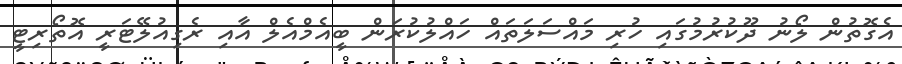
އެގޮތުން ލޯނު ދޫކުރުމުގައި ހުރި މައްސަލަތައް ހައްލުކުރަން ބީއެމްއެލް އާއި ރެގިއުލޭޓަރީ އޮތޯރިޓީ